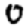
Digit: 0